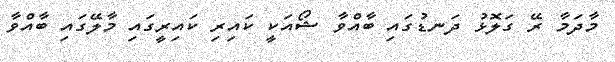
މާދަމާ ރޭ ގަލޮޅު ދަނޑުގައި ބާއްވާ ޝޯއަކީ ކައިރި ކައިރީގައި މާލޭގައި ބާއްވާ